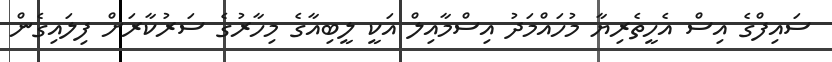
ސައިފްގެ އިސް އެހީތެރިޔާ މުހައްމަދު އިސްމާއިލް އަކީ ލީބިއާގެ މިހާރުގެ ސަރުކާރަށް ފިލައިގެން